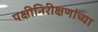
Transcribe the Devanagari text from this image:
पक्षीनिरीक्षणांच्या